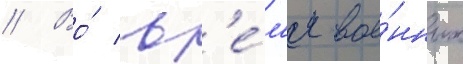
// Во́ вр'е́м'я вое́нных